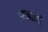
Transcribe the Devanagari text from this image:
आजतरी